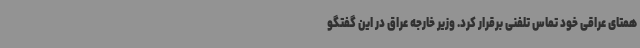
همتای عراقی خود تماس تلفنی برقرار کرد. وزیر خارجه عراق در این گفتگو